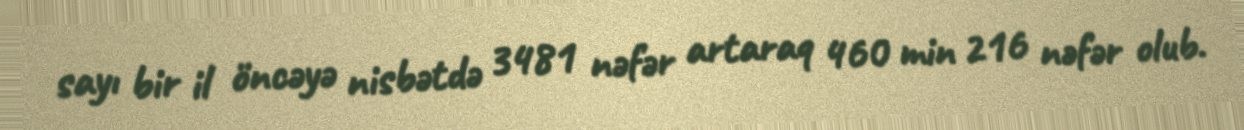
sayı bir il öncəyə nisbətdə 3481 nəfər artaraq 460 min 216 nəfər olub.